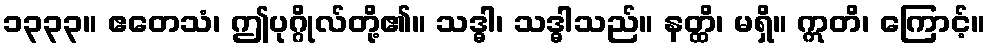
၁၃၃၃။ ဧတေသံ၊ ဤပုဂ္ဂိုလ်တို့၏။ သဒ္ဓါ၊ သဒ္ဓါသည်။ နတ္ထိ၊ မရှိ။ ဣတိ၊ ကြောင့်။